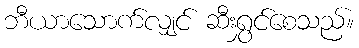
ဘီယာသောက်လျှင် ဆီးရွှင်စေသည်။